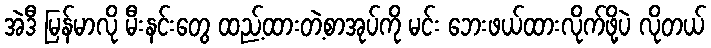
အဲဒီ မြန်မာလို မီးနင်းတွေ ထည့်ထားတဲ့စာအုပ်ကို မင်း ဘေးဖယ်ထားလိုက်ဖို့ပဲ လိုတယ်